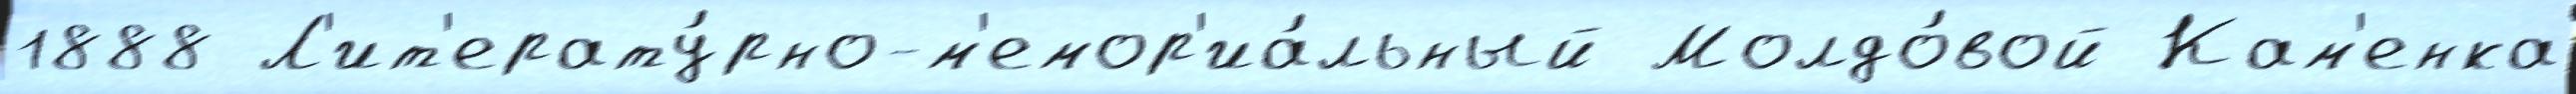
1888 Л'ит'ерату́рно-м'емор'иа́льный Молдо́вой Кам'енка